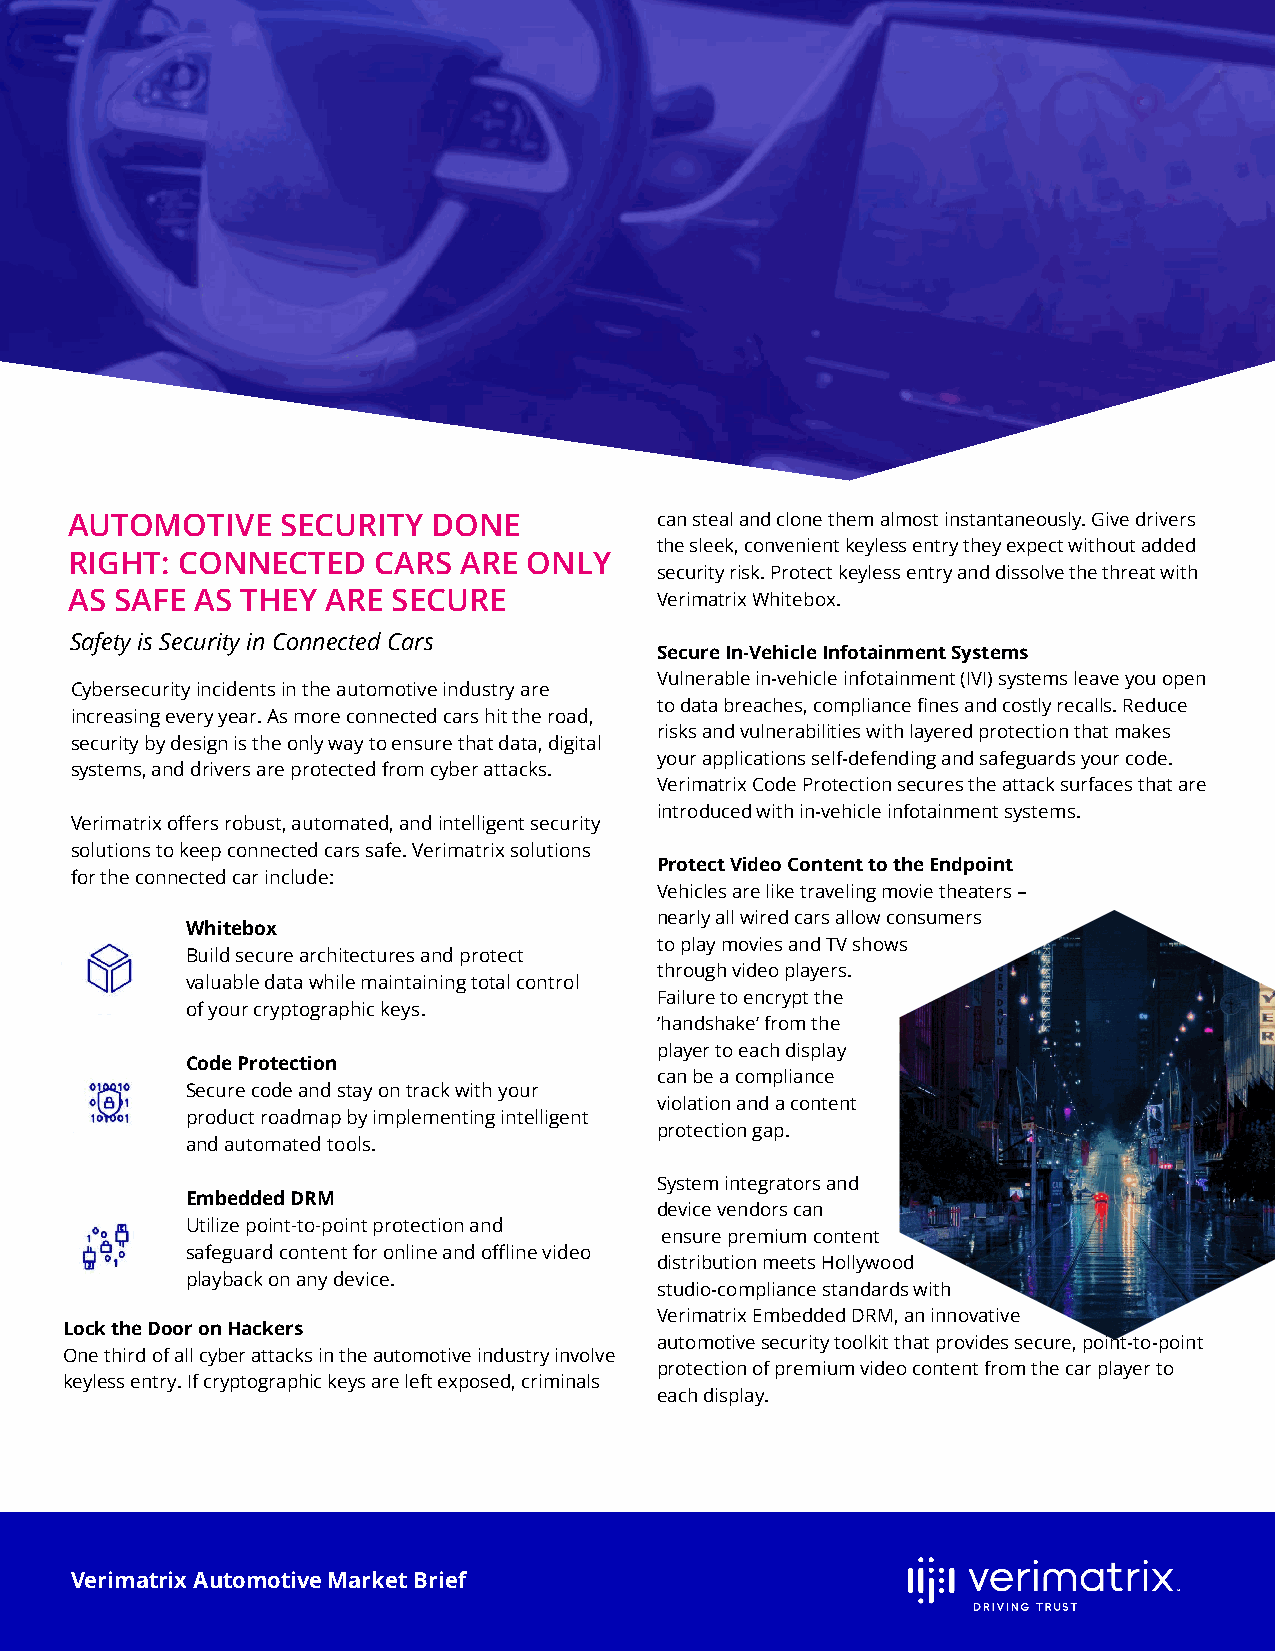
AUTOMOTIVE    SECURITY  DONE          can steal and clone them almost instantaneously. Give drivers
 the sleek, convenient keyless entry they expect without added
 RIGHT: CONNECTED    CARS  ARE ONLY
 security risk. Protect keyless entry and dissolve the threat with
 AS SAFE AS THEY  ARE SECURE           Verimatrix Whitebox.
 Safety is Security in Connected Cars
 Secure In-Vehicle Infotainment Systems
 Vulnerable in-vehicle infotainment (IVI) systems leave you open
 Cybersecurity incidents in the automotive industry are
 to data breaches, compliance fines and costly recalls. Reduce
 increasing every year. As more connected cars hit the road,
 risks and vulnerabilities with layered protection that makes
 security by design is the only way to ensure that data, digital
 your applications self-defending and safeguards your code.
 systems, and drivers are protected from cyber attacks.
 Verimatrix Code Protection secures the attack surfaces that are
 introduced with in-vehicle infotainment systems.
 Verimatrix offers robust, automated, and intelligent security
 solutions to keep connected cars safe. Verimatrix solutions
 Protect Video Content to the Endpoint
 for the connected car include:
 Vehicles are like traveling movie theaters –
 nearly all wired cars allow consumers
 Whitebox
 to play movies and TV shows
 Build secure architectures and protect
 through video players.
 valuable data while maintaining total control
 Failure to encrypt the
 of your cryptographic keys.
 ‘handshake’ from the
 player to each display
 Code Protection
 can be a compliance
 Secure code and stay on track with your
 violation and a content
 product roadmap by implementing intelligent
 protection gap.
 and automated tools.
 System integrators and
 Embedded DRM
 device vendors can
 Utilize point-to-point protection and
 ensure premium content
 safeguard content for online and offline video
 distribution meets Hollywood
 playback on any device.
 studio-compliance standards with
 Verimatrix Embedded DRM, an innovative
 Lock the Door on Hackers
 automotive security toolkit that provides secure, point-to-point
 One third of all cyber attacks in the automotive industry involve
 protection of premium video content from the car player to
 keyless entry. If cryptographic keys are left exposed, criminals
 each display.
 Verimatrix Automotive Market Brief